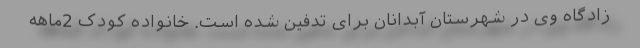
زادگاه وی در شهرستان آبدانان برای تدفین شده است. خانواده کودک 2ماهه